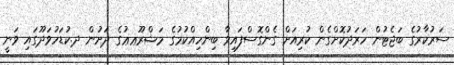
ސަރުކާރުގެ ބަޖެޓުން ހަރަދުކޮށްގެން ކުރިއަށް ގެންގޮސްފައިވާ ބިންހިއްކުމުގެ މަޝްރޫޢޢުގެ ދަށުން ދ.ކުޑަހުވަދޫގައި ވަނީ